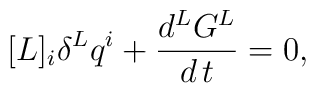
[L]_i\delta^L q^i + \frac{d^L G^L}{d \, t} = 0,